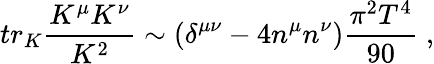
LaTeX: tr_{K}\frac{K^{\mu}K^{\nu}}{K^{2}}\sim\left(\delta^{\mu\nu}-4n^{\mu}n^{\nu}\right)\frac{\pi^{2}T^{4}}{90}\; ,